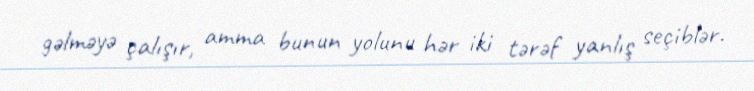
gəlməyə çalışır, amma bunun yolunu hər iki tərəf yanlış seçiblər.